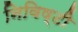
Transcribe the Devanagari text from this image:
निविष्टी